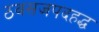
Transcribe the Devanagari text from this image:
ठवसजपदहद्ध